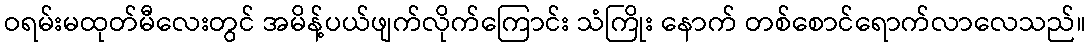
ဝရမ်းမထုတ်မီလေးတွင် အမိန့်ပယ်ဖျက်လိုက်ကြောင်း သံကြိုး နောက် တစ်စောင်ရောက်လာလေသည်။